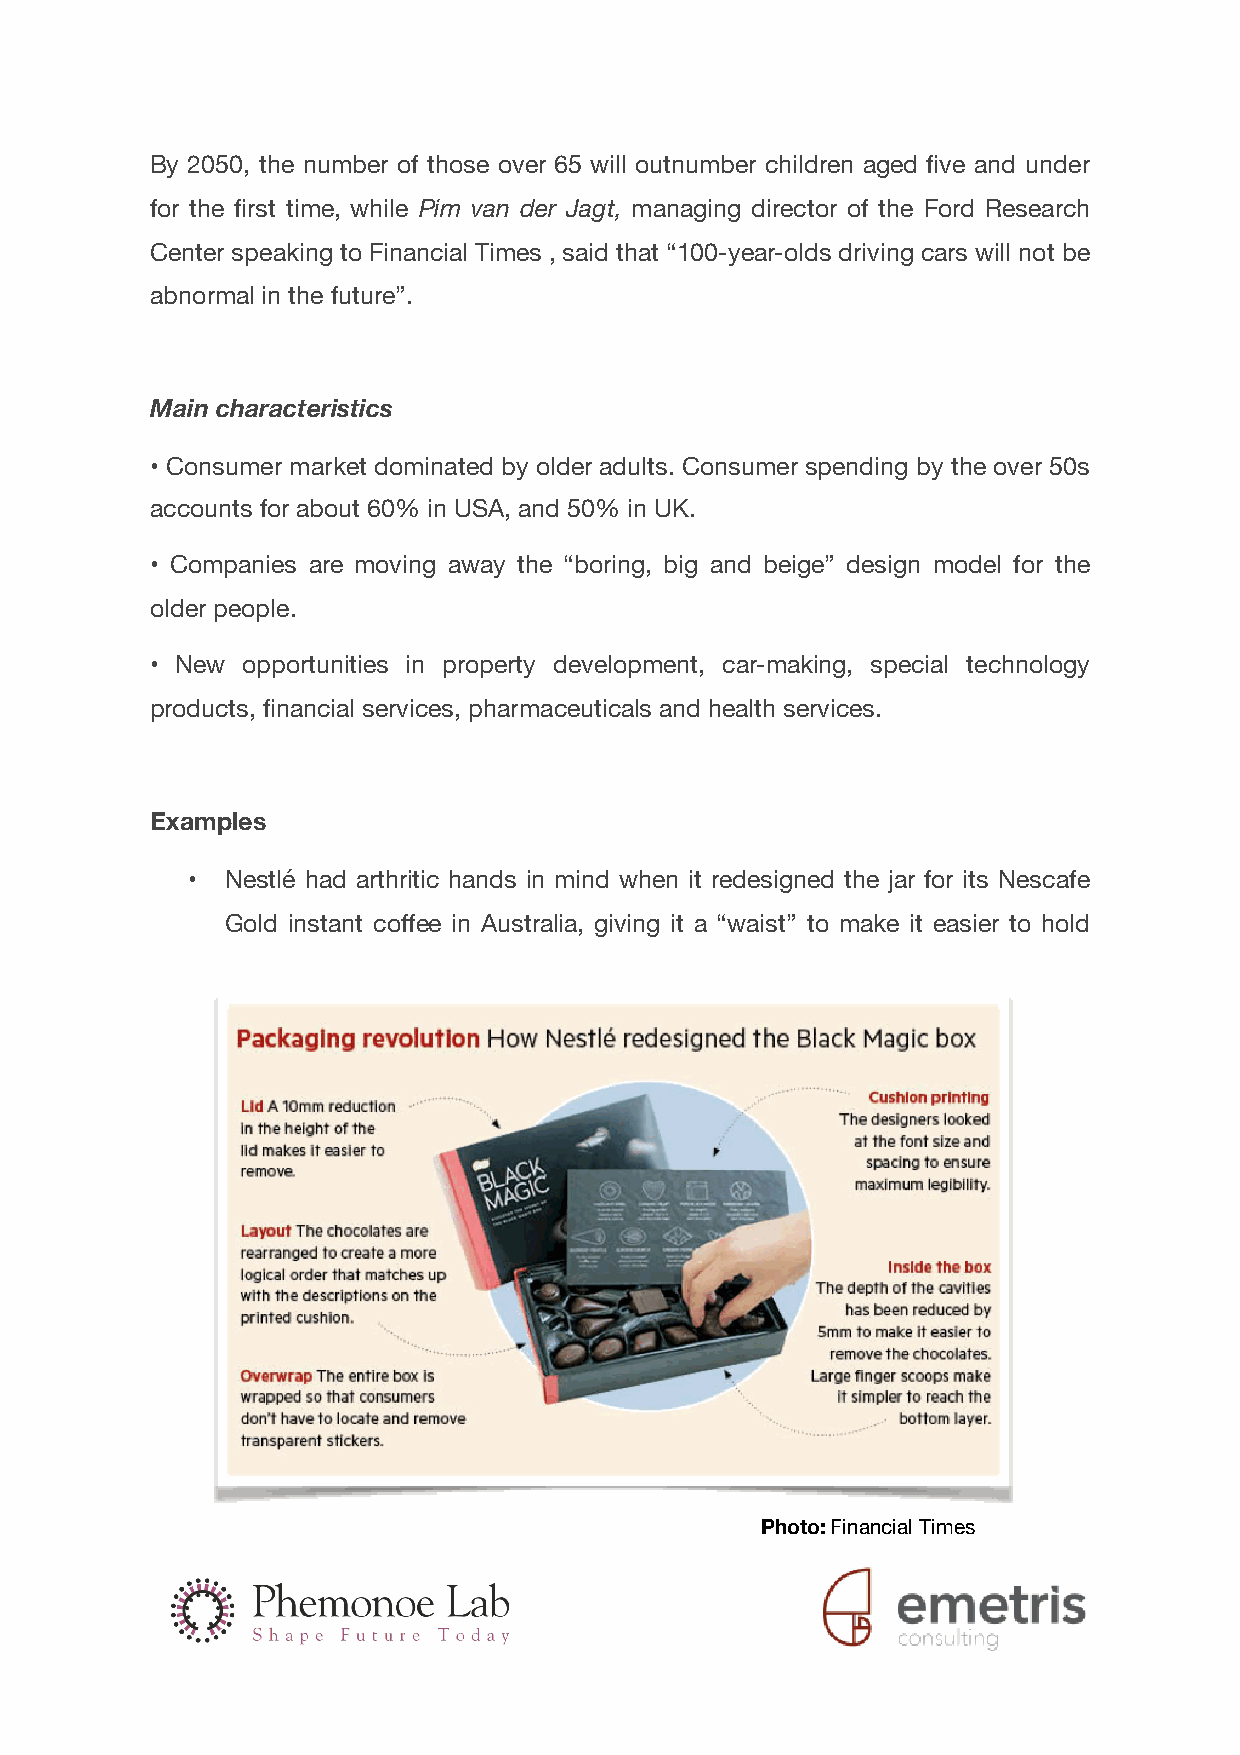
By 2050, the number of those over 65 will outnumber children aged five and under
 for the first time, while Pim van der Jagt, managing director of the Ford Research
 Center speaking to Financial Times , said that “100-year-olds driving cars will not be
 abnormal in the future”.
 Main characteristics
 • Consumer market dominated by older adults. Consumer spending by the over 50s
 accounts for about 60% in USA, and 50% in UK.
 • Companies are moving away the “boring, big and beige” design model for the
 older people.
 • New opportunities in property development, car-making, special technology
 products, financial services, pharmaceuticals and health services.
 Examples
 •  Nestlé had arthritic hands in mind when it redesigned the jar for its Nescafe
 Gold instant coffee in Australia, giving it a “waist” to make it easier to hold
 Photo: Financial Times